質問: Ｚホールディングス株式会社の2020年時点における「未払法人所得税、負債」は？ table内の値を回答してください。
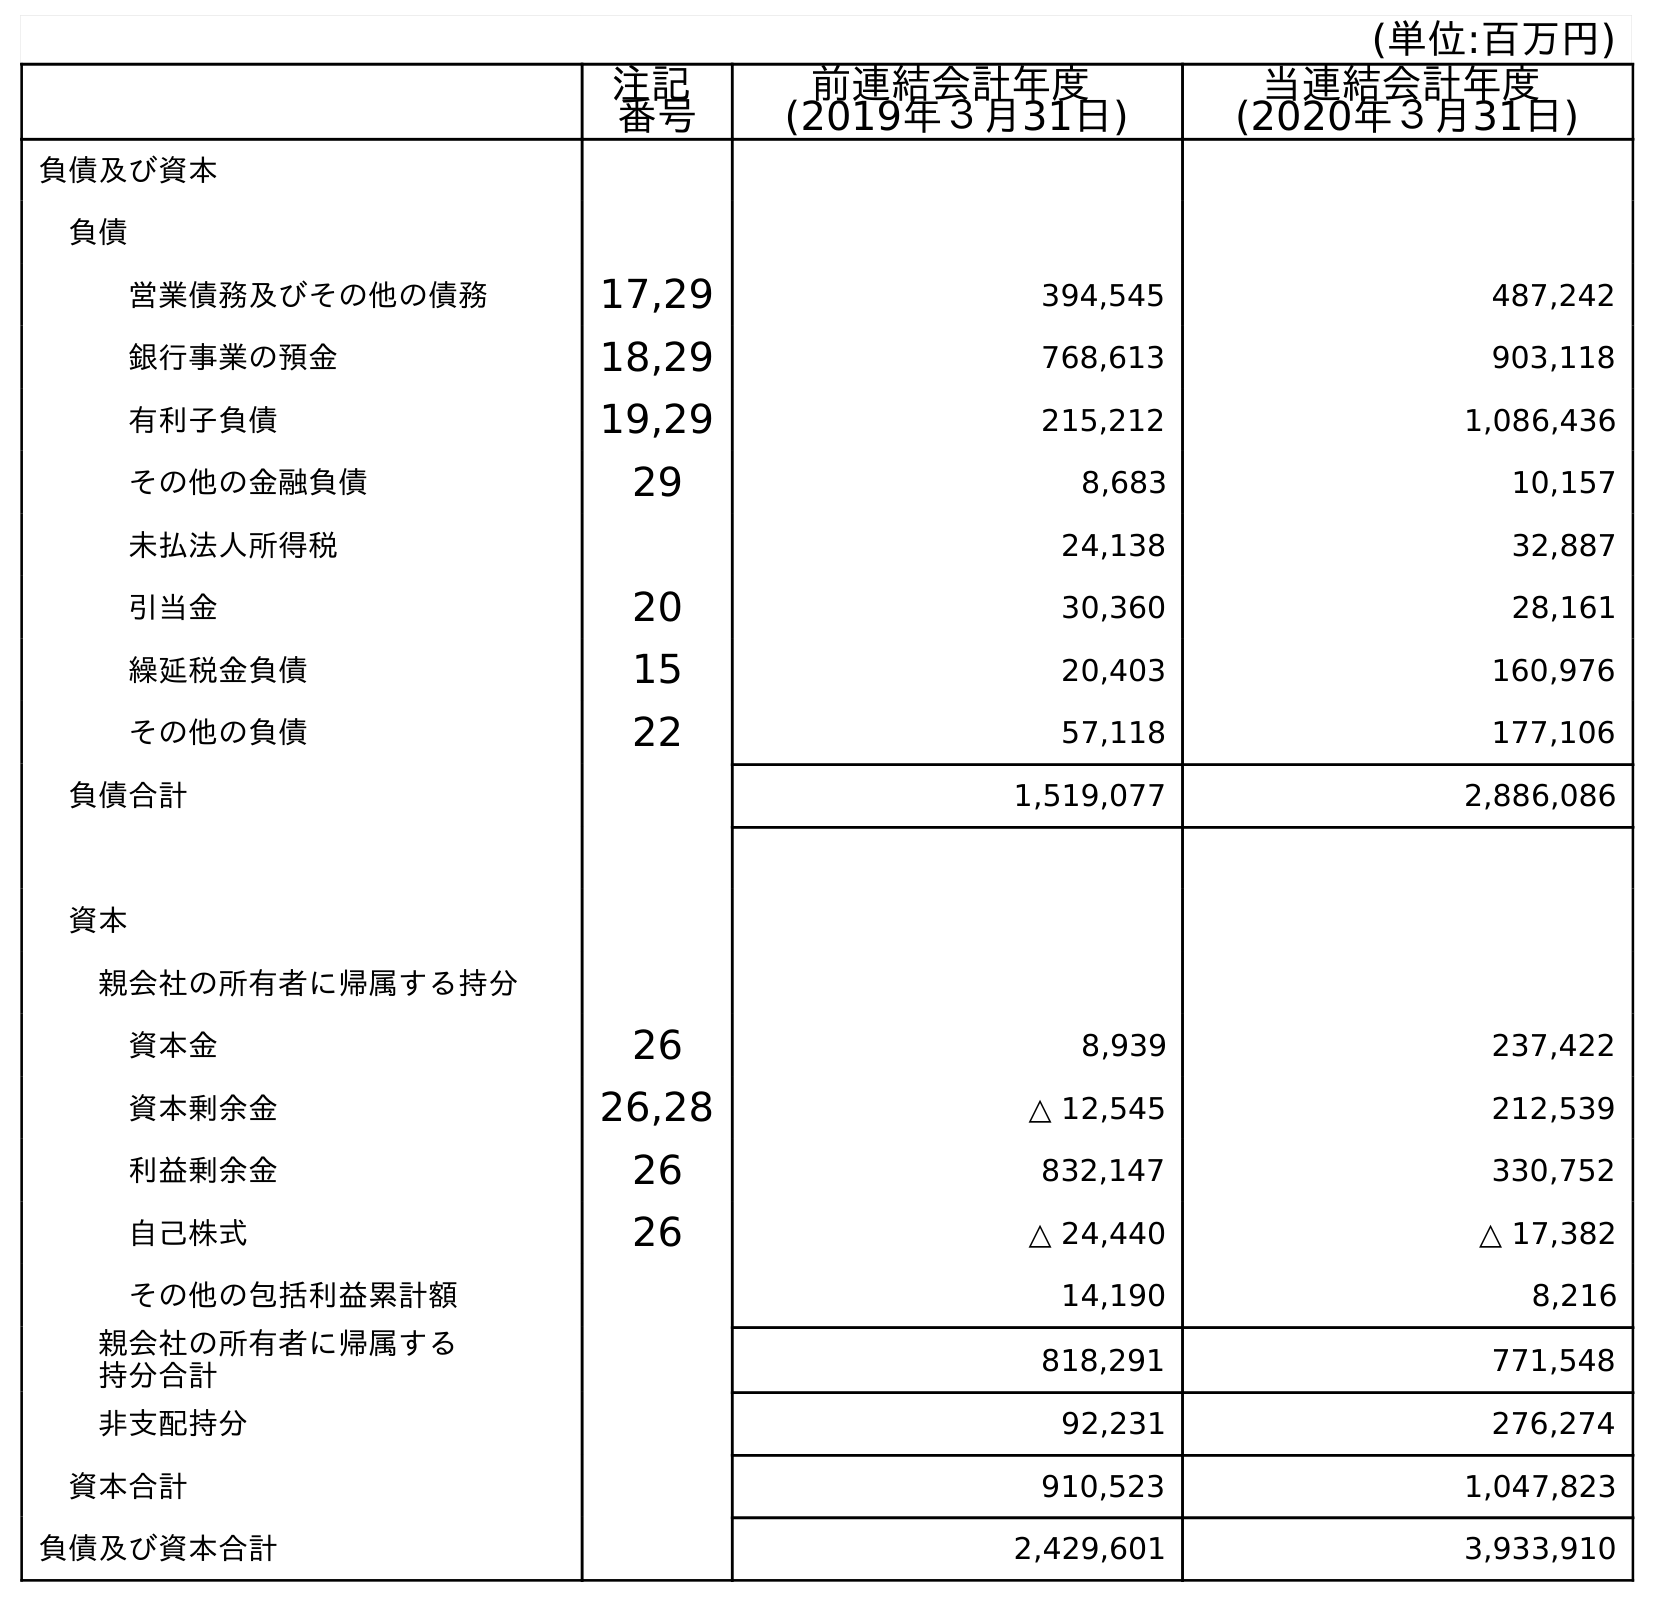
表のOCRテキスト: (単位:百万円) 注記 番号 前連結会計年度 (2019年３月31日) 当連結会計年度 (2020年３月31日) 負債及び資本 負債 営業債務及びその他の債務 17,29 394,545 487,242 銀行事業の預金 18,29 768,613 903,118 有利子負債 19,29 215,212 1,086,436 その他の金融負債 29 8,683 10,157 未払法人所得税 24,138 32,887 引当金 20 30,360 28,161 繰延税金負債 15 20,403 160,976 その他の負債 22 57,118 177,106 負債合計 1,519,077 2,886,086 資本 親会社の所有者に帰属する持分 資本金 26 8,939 237,422 資本剰余金 26,28 △ 12,545 212,539 利益剰余金 26 832,147 330,752 自己株式 26 △ 24,440 △ 17,382 その他の包括利益累計額 14,190 8,216 親会社の所有者に帰属する 持分合計 818,291 771,548 非支配持分 92,231 276,274 資本合計 910,523 1,047,823 負債及び資本合計 2,429,601 3,933,910
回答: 32,887